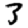
Digit: 3